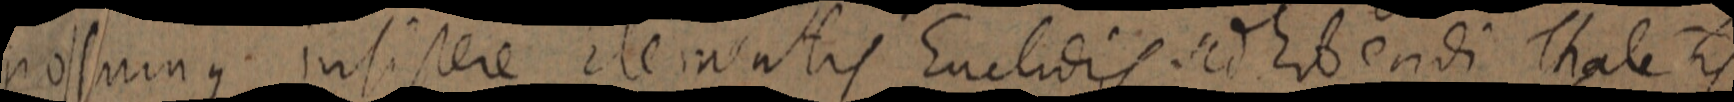
possumus. insistere Elementis Euclidis sed hibendi Thales